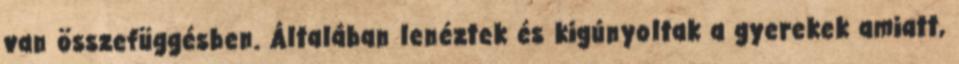
van összefüggésben. Általában lenéztek és kigúnyoltak a gyerekek amiatt,